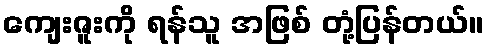
ကျေးဇူးကို ရန်သူ အဖြစ် တုံ့ပြန်တယ်။